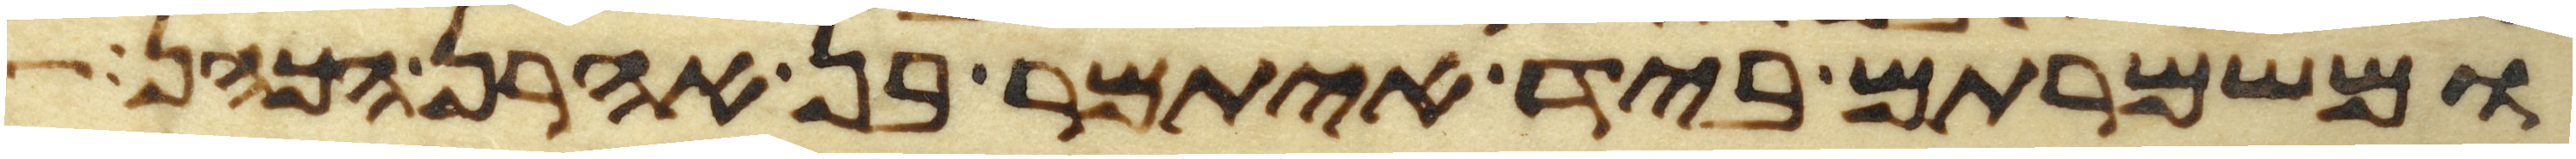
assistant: ומשמרתם ביד איתמר בן אהרן הכהן